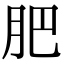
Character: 肥